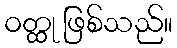
ဝတ္ထု ဖြစ်သည်။